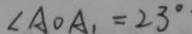
\angle A O A _ { 1 } = 2 3 ^ { \circ }